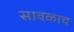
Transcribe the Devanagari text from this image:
सावळाच